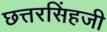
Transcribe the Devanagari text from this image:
छत्तरसिंहजी